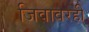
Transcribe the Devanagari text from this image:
जिवावरही